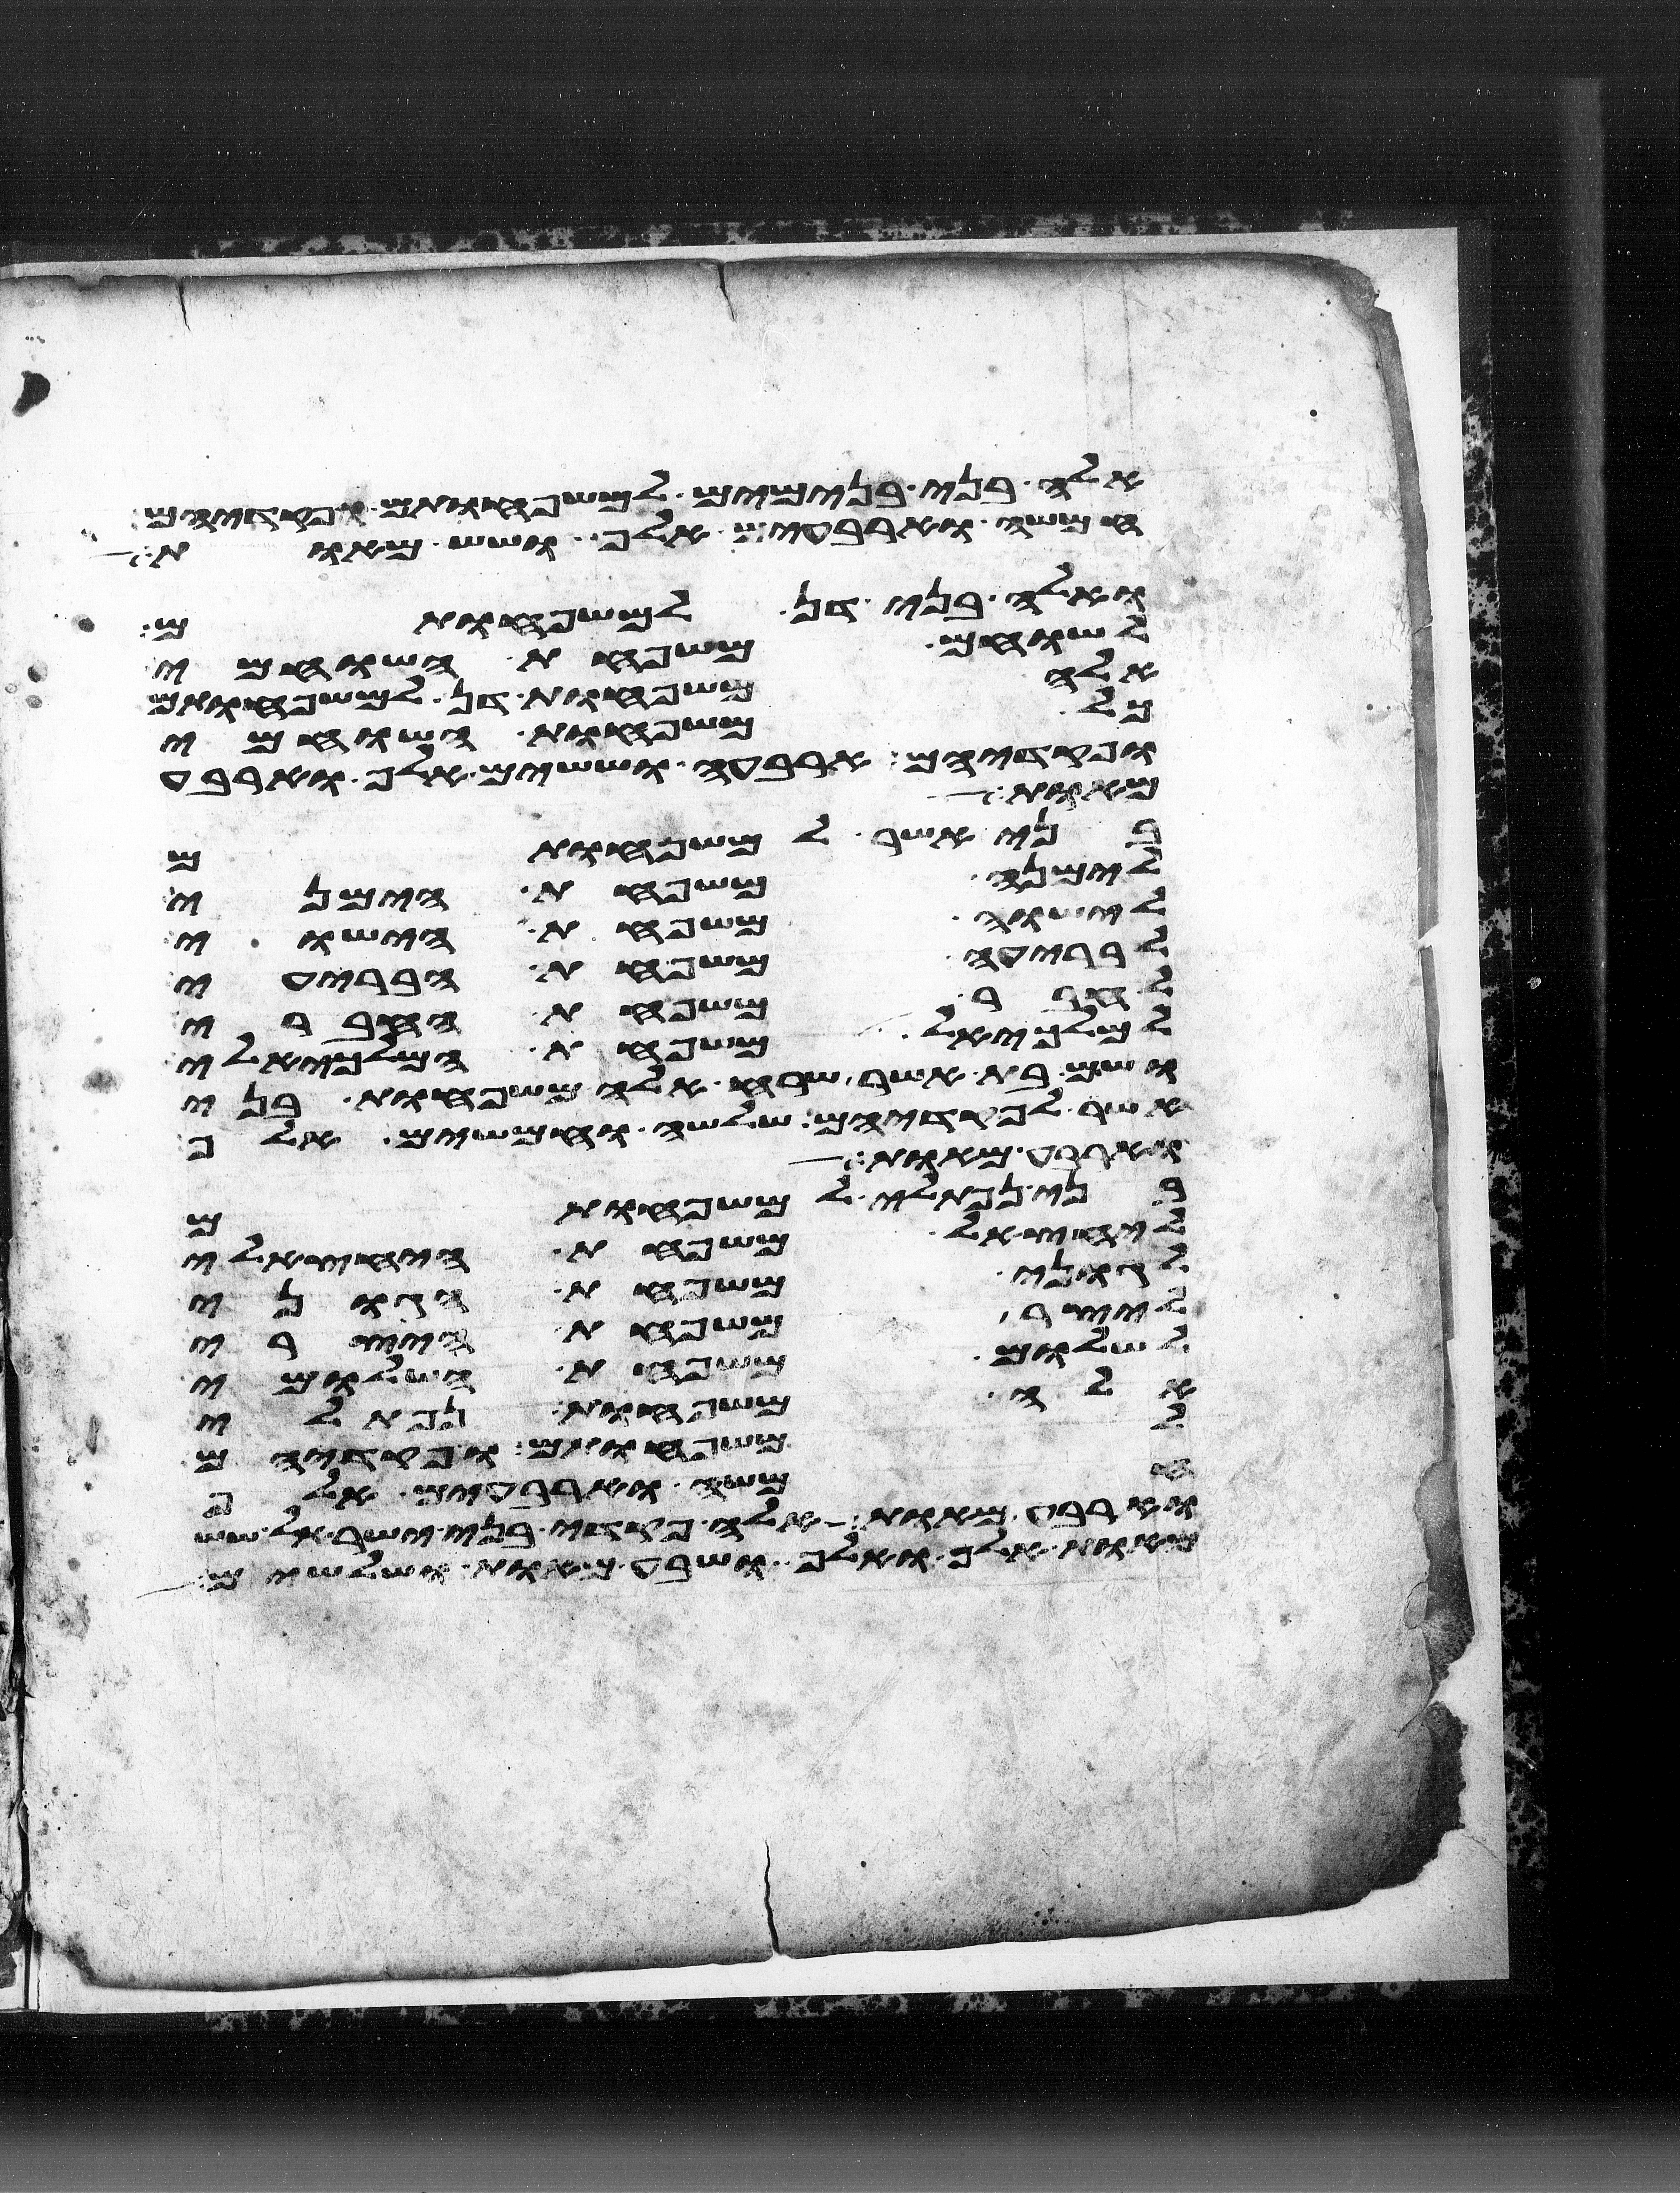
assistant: אלה בני בנימים למשפחותם ופקדיהם
חמשה וארבעים אלף ושש מאות
ואלה בני דן למשפחותם
לשוחם משפחת השוחמי
אלה משפחות דן למשפחותם
כל משפחות השוחמי
ופקדיהם ארבעה וששים אלף וארבע
מאות
בני אשר למשפחותם
לימנה משפחת הימני
לישוה משפחת הישוי
לבריעה משפחת הבריעי
לחבר משפחת החברי
למלכיאל משפחת המלכיאלי
ושם בת אשר שרח אלה משפחות בני
אשר לפקדיהם שלשה וחמשים אלף
וארבע מאות
בני נפתלי למשפחותם
ליחצאל משפחת היחצאלי
לגוני משפחת הגוני
ליצר משפחת היצרי
לשלום משפחת השלומי
אלה משפחות נפתלי
למשפחותם ופקדיהם
חמשה וארבעים אלף
וארבע מאות אלה פקדי בני ישראל שש
מאות אלף ואלף ושבע מאות ושלשים